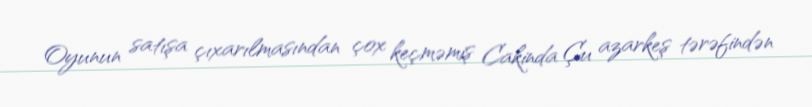
Oyunun satışa çıxarılmasından çox keçməmiş Cakinda Çu azarkeş tərəfindən